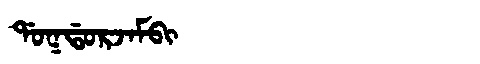
Manchu: ᡩᠣᡴᡩᠣᡵᠵᠠᠮᠪᡳ
Romanization: DOKDORJAMBI